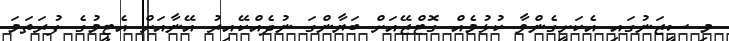
މި ސީޒަނުގައި އެކަށީގެންވާ ކުޅުމެއް ގޮޓްޒޭއަށް ބަޔާންގަ ނުދެއްކޭއިރު އޭނާއަށް އެޓީމުގެ ފުރަތަމަ